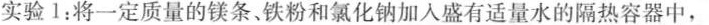
实验1：将一定质量的镁条、铁粉和氯化钠加入盛有适量水的隔热容器中，